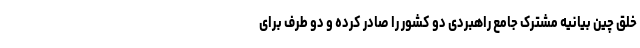
خلق چین بیانیه مشترک جامع راهبردی دو کشور را صادر کرده و دو طرف برای